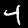
Digit: 4